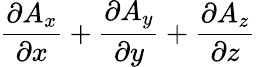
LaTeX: {\frac{\partial A_{x}}{\partial x}}+{\frac{\partial A_{y}}{\partial y}}+{\frac{\partial A_{z}}{\partial z}}